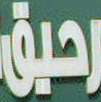
رحيق